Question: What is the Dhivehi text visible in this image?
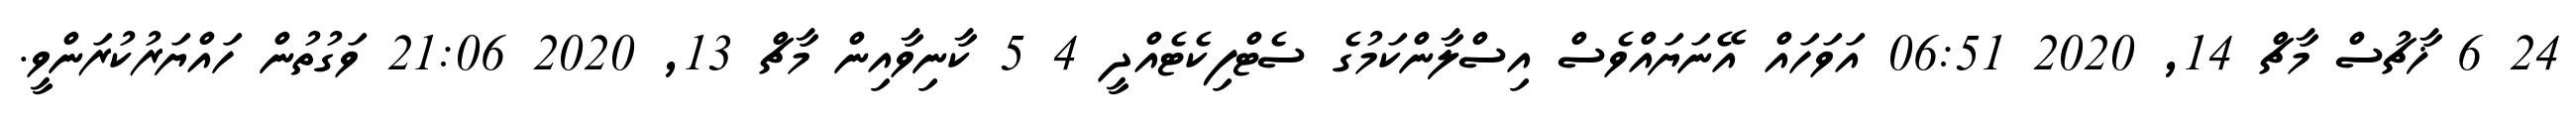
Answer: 24 6 ޚާޗުސް މާޗް 14, 2020 06:51 އަވަހައް އޭނަޔައްވެސް އިސްލާންކަމުގެ ސެޓްފިކެޓެއްދީ 4 5 ކާނިވާއިން މާޗް 13, 2020 21:06 ވަގުތުން ހައްޔަރުކުރަންވީ.